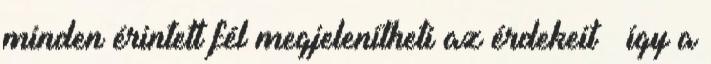
minden érintett fél megjelenítheti az érdekeit – így a